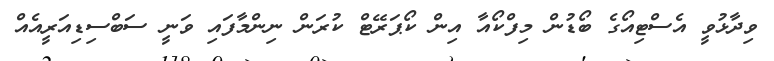
ވިދާޅުވީ އެސްޓިއޯގެ ބޯޑުން މިފްކޯއާ އިން ކޯޕަރޭޓް ކުރަން ނިންމާފައި ވަނީ ސަބްސިޑިއަރީއެއް